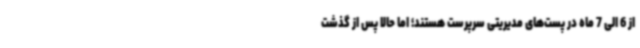
از 6 الی 7 ماه در پست‌های مدیریتی سرپرست هستند؛ اما حالا پس از گذشت